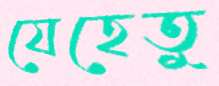
যেহেতু